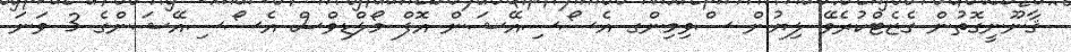
ޤާނޫނީގޮތުން ގެޒެޓްކުރެވޭ ލިޔުން ސްވިމިންގ އެސޯސިއޭޝަން އޮފް މޯލްޑިވްސް އެެސޯސިއޭޝަންގެ 3 ވަނަ